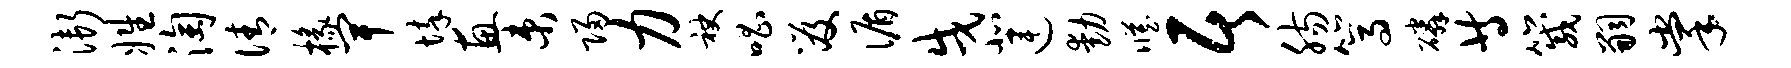
渐姓淘倩椽卑悴惠束归力袂唱笈循戌北连动臧居肠篙磷等箴嗣掌